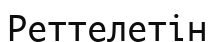
Реттелетін